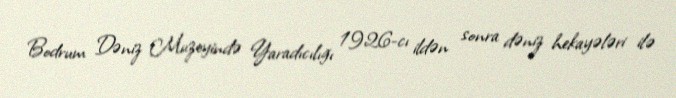
Bodrum Dəniz Muzeyində Yaradıcılığı 1926-cı ildən sonra dəniz hekayələri ilə